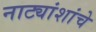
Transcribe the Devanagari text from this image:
नाट्यांशांचे